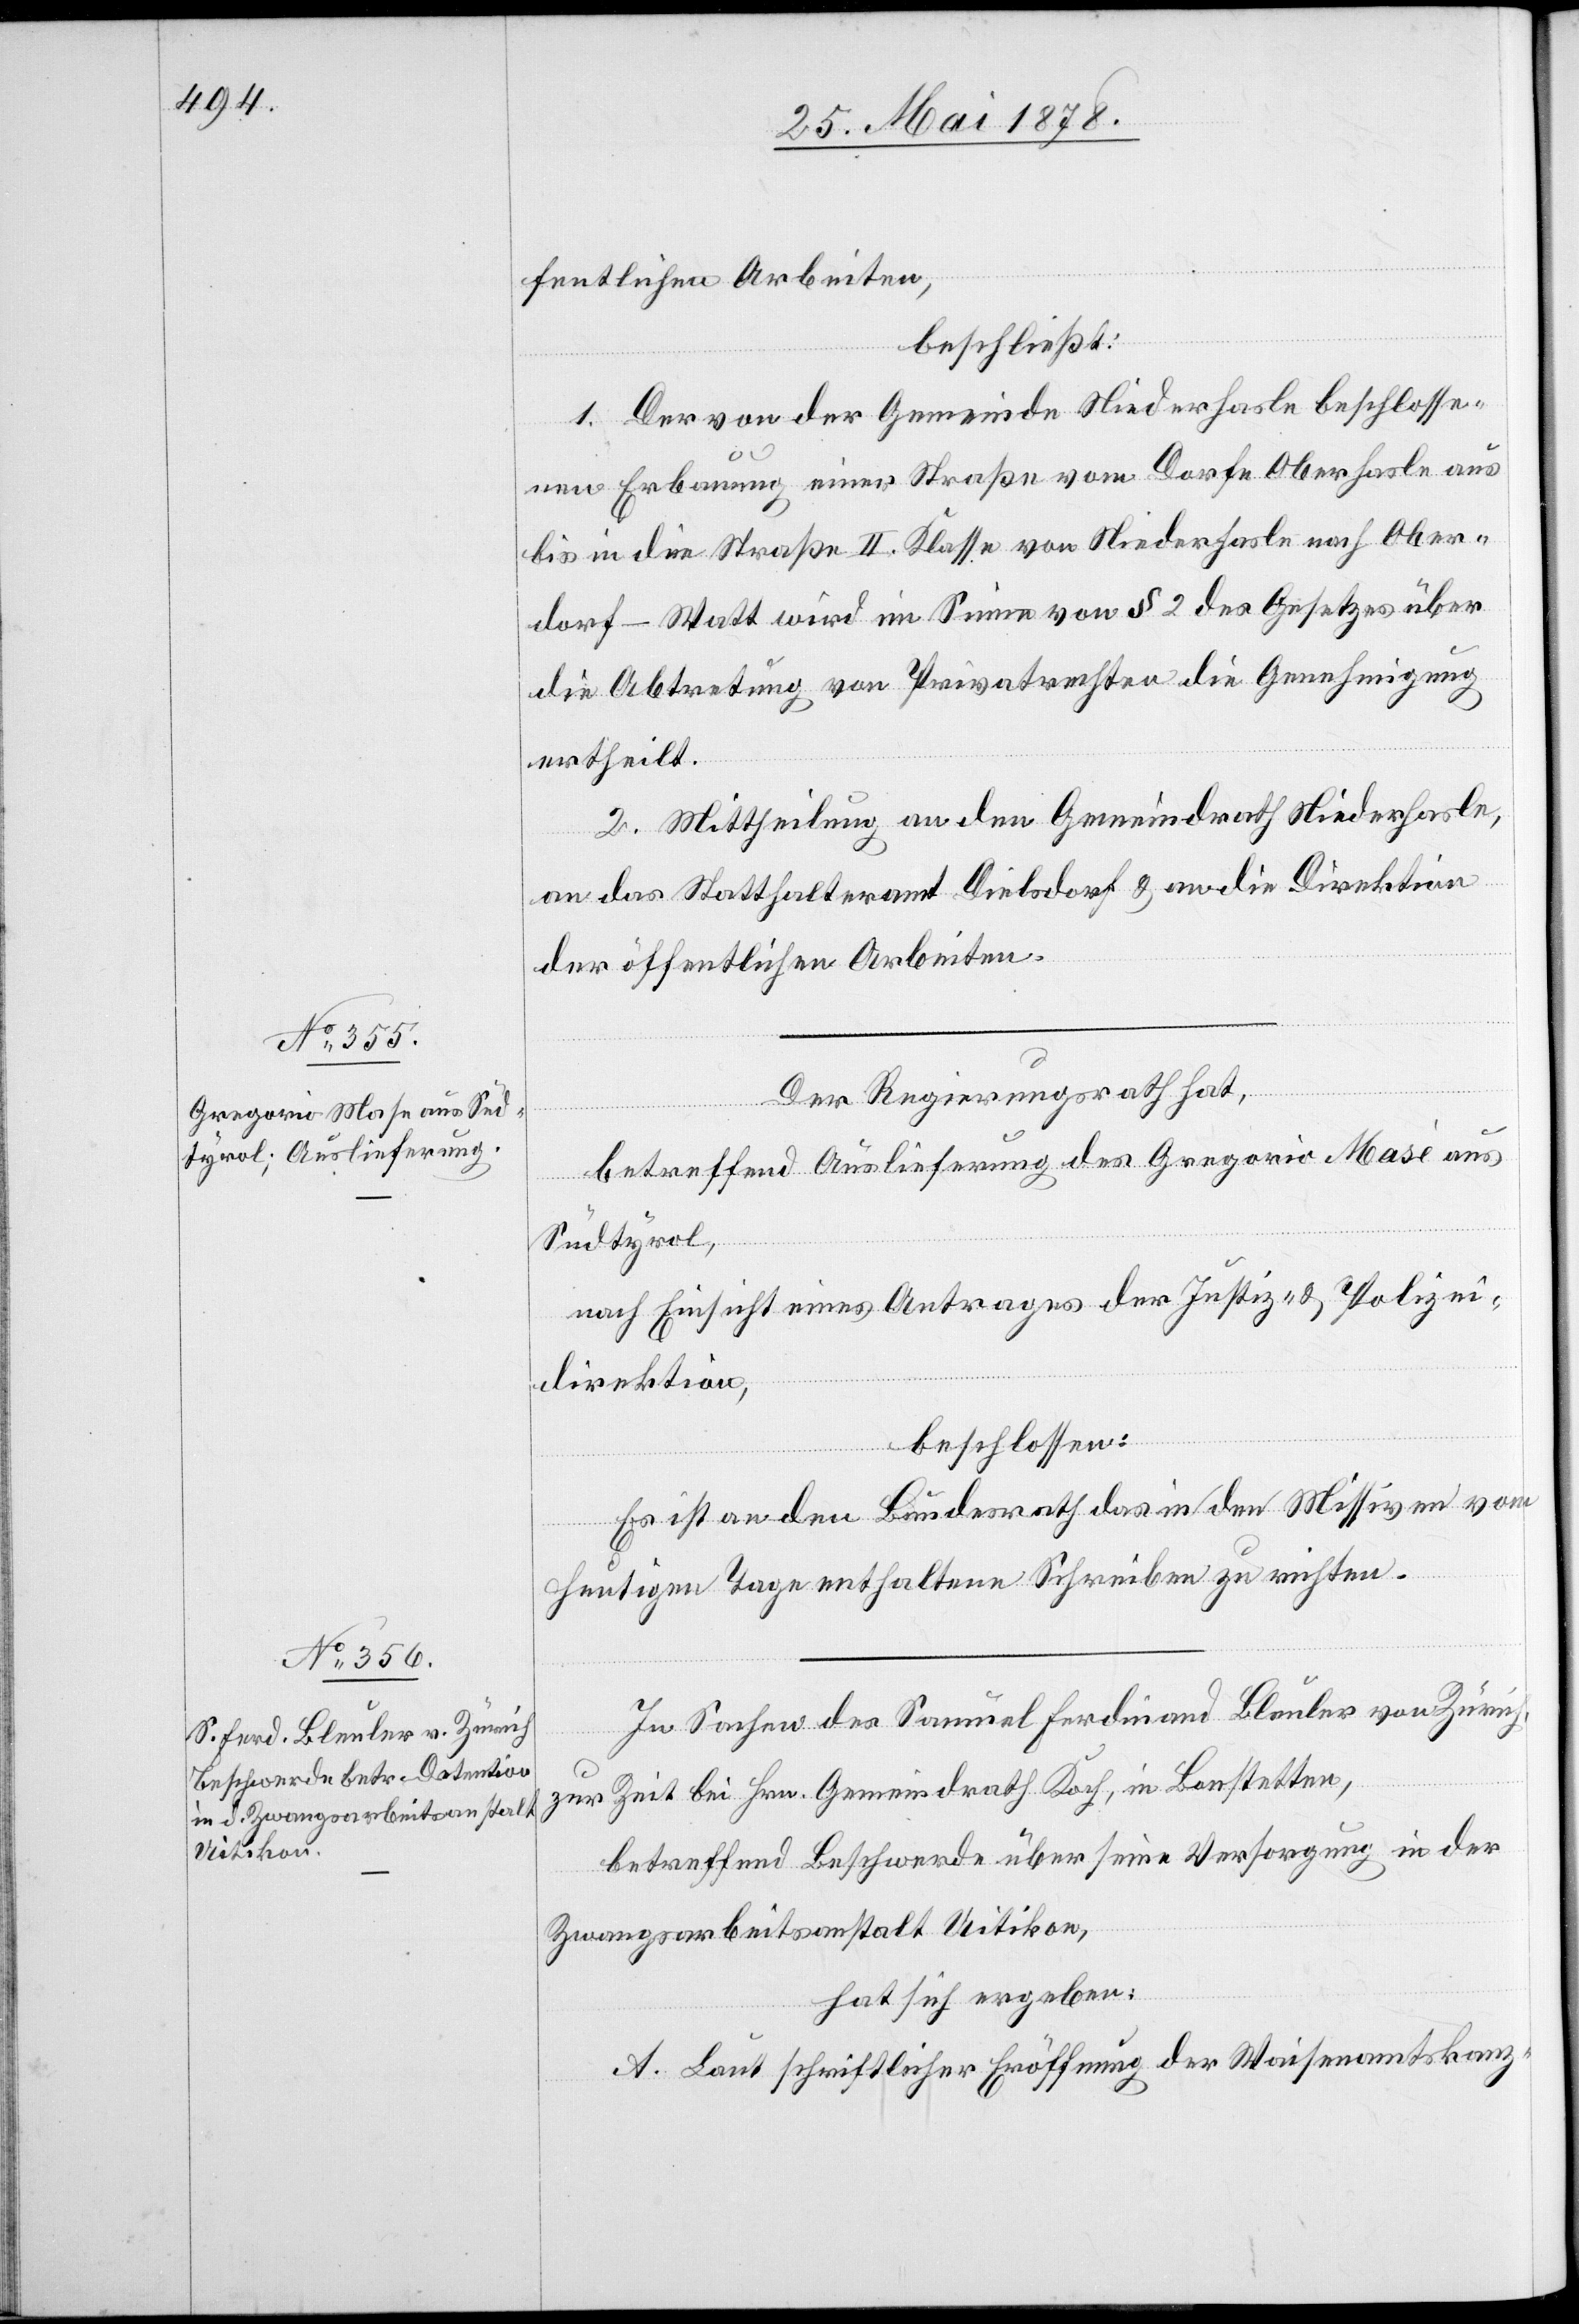
fentlichen Arbeiten,
beschließt:
1. Der von der Gemeinde Niederhasle beschlosse¬
nen Erbauung einer Straße vom Dorfe Oberhasle aus
bis in die Straße II. Klasse von Niederhasle nach Ober¬
dorf - Watt wird im Sinne von § 2 des Gesetzes über
die Abtretung von Privatrechten die Genehmigung
ertheilt.
2. Mittheilung an den Gemeindrath Niederhasle,
an das Statthalteramt Dielsdorf & an die Direktion
der öffentlichen Arbeiten.
Der Regierungsrath hat,
betreffend Auslieferung des Gregorio Masè
Südtyrol,
nach Einsicht eines Antrages der Justiz- & Polizei¬
direktion,
beschlossen:
Es ist an den Bundesrath das in den Missiven vom
heutigen Tage enthaltene Schreiben zu richten.
In Sachen des Samuel Ferdinand Bleuler von Zürich;
zur Zeit bei Hrn. Gemeindrath Koch, in Bonstetten,
betreffend Beschwerde über seine Versorgung in der
Zwangsarbeitsanstalt Uitikon,
hat sich ergeben:
A. Laut schriftlicher Eröffnung der Waisenkanz-